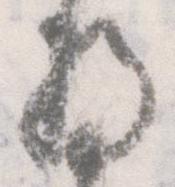
将